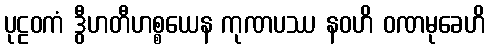
ပုဠဝကံ ဒွီဟတီဟစ္စယေန ကုဏပဿ နဝဟိ ဝဏမုခေဟိ